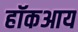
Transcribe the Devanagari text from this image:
हॉकआय